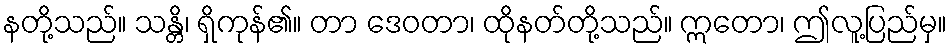
နတို့သည်။ သန္တိ၊ ရှိကုန်၏။ တာ ဒေဝတာ၊ ထိုနတ်တို့သည်။ ဣတော၊ ဤလူ့ပြည်မှ။